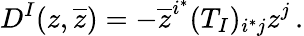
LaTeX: D^{I}(z,\overline{{z}})=-\overline{{z}}^{i^{*}}(T_{I})_{i^{*}j}z^{j}\, .